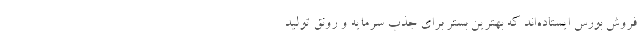
فروش بورس ایستاده‌اند که بهترین بستر برای جذب سرمایه و رونق تولید